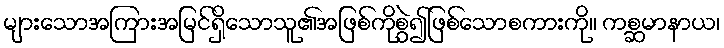
များသောအကြားအမြင်ရှိသောသူ၏အဖြစ်ကိုစွဲ၍ဖြစ်သောစကားကို။ ကစ္ဆမာနာယ၊